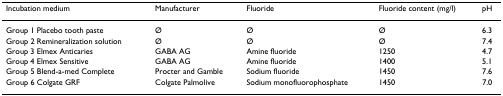
| Incubation medium | Manufacturer | Fluoride | Fluoride content (mg/l) | pH |
 | --- | --- | --- | --- | --- |
 | Group 1 Placebo tooth paste | Ø | Ø | Ø | 6.3 |
 | Group 2 Remineralization solution | Ø | Ø | Ø | 7.4 |
 | Group 3 Elmex Anticaries | GABA AG | Amine fluoride | 1250 | 4.7 |
 | Group 4 Elmex Sensitive | GABA AG | Amine fluoride | 1400 | 5.1 |
 | Group 5 Blend-a-med Complete | Procter and Gamble | Sodium fluoride | 1450 | 7.6 |
 | Group 6 Colgate GRF | Colgate Palmolive | Sodium monofluorophosphate | 1450 | 7.0 |